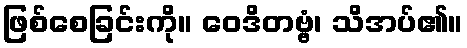
ဖြစ်စေခြင်းကို။ ဝေဒိတဗ္ဗံ၊ သိအပ်၏။